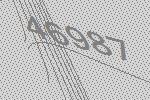
46987